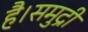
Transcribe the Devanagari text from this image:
है।समुद्री